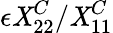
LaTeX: \epsilon\mathit{X}_{22}^{C}/\mathit{X}_{11}^{C}